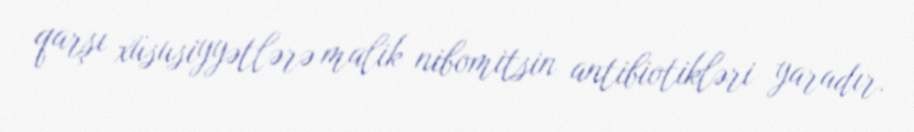
qarşı xüsusiyyətlərə malik nibomitsin antibiotikləri yaradır.